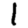
Digit: 1